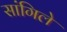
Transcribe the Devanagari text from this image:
सांगिले